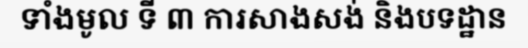
ទាំងមូល ទី ៣ ការសាងសង់ និងបទដ្ឋាន